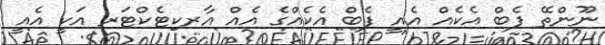
ނޫންތޭ ފެބް އެކެއް އެއީ ފެބް އެެކެއްގެ އެއް އާރކިޓެކްޓަރ އަކީ އެއީ